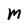
Character: M